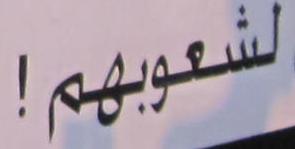
لشعو